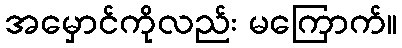
အမှောင်ကိုလည်း မကြောက်။